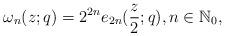
LaTeX: \begin{align*}\omega_n(z;q)= 2^{2n} e_{2n}(\frac{z}{2};q), n\in \mathbb{N}_0,\end{align*}